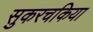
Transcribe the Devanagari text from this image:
सुकरचकिया